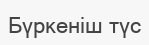
Бүркеніш түс